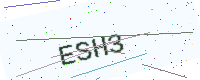
Text: ESH3